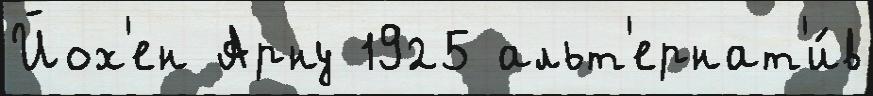
Йох'ен Арну 1925 альт'ернат'и́в